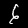
Label: 6